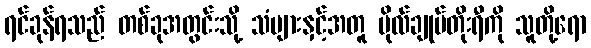
ရင်ခုန်ရသည် တစ်ခုအတွင်းသို့ သံများနှင့်အတူ ဗိုလ်ချုပ်တိုးရီကို သူတို့ရော